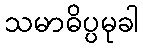
သမာဓိပ္ပမုခါ